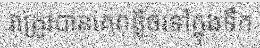
វាត្រូវបានគេពន្លិចទៅក្នុងទឹក